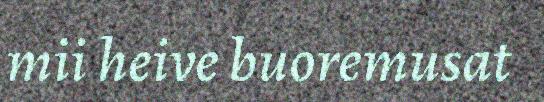
mii heive buoremusat